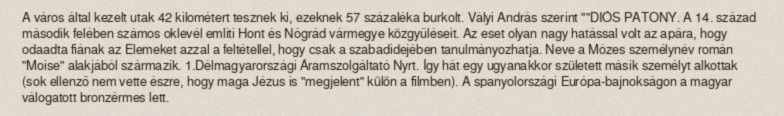
A város által kezelt utak 42 kilométert tesznek ki, ezeknek 57 százaléka burkolt. Vályi András szerint ""DIÓS PATONY. A 14. század második felében számos oklevél említi Hont és Nógrád vármegye közgyűléseit. Az eset olyan nagy hatással volt az apára, hogy odaadta fiának az Elemeket azzal a feltétellel, hogy csak a szabadidejében tanulmányozhatja. Neve a Mózes személynév román "Moise" alakjából származik. 1.Délmagyarországi Áramszolgáltató Nyrt. Így hát egy ugyanakkor született másik személyt alkottak (sok ellenző nem vette észre, hogy maga Jézus is "megjelent" külön a filmben). A spanyolországi Európa-bajnokságon a magyar válogatott bronzérmes lett.